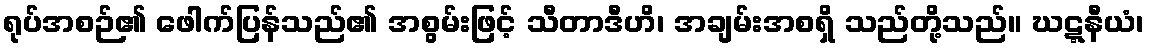
ရုပ်အစဉ်၏ ဖေါက်ပြန်သည်၏ အစွမ်းဖြင့် သီတာဒီဟိ၊ အချမ်းအစရှိ သည်တို့သည်။ ဃဋ္ဋနီယံ၊